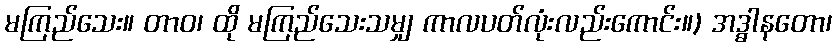
မကြည်သေး။ တာဝ၊ ထို မကြည်သေးသမျှ ကာလပတ်လုံးလည်းကောင်း။) အဒ္ဓါနတော၊